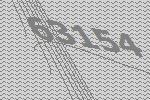
63154